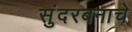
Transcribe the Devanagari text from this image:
सुंदरबनाचे